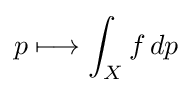
p\longmapsto \int _{X}f\,dp